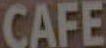
CAFE